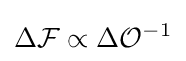
\Delta {\mathcal {F}}\propto \Delta {\mathcal {O}}^{-1}